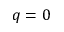
q = 0